Source: Handwritten
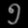
Digit: ၅ (5)